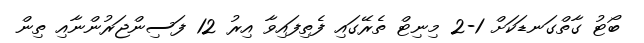
ބޯޓު ގާތްގަނޑަކަށް 1-2 މިނިޓް ތެރޭގައި ފެތިފައިވާ އިރު 12 ފަސިންޖަރުންނާއި ތިން